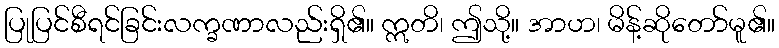
ပြုပြင်စီရင်ခြင်းလက္ခဏာလည်းရှိ၏။ ဣတိ၊ ဤသို့။ အာဟ၊ မိန့်ဆိုတော်မူ၏။